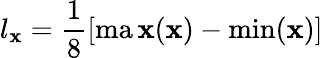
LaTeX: l_{\mathbf{x}}=\frac{{1}}{{8}}\left[\operatorname*{ma\mathbf{x}}(\mathbf{x})-\operatorname*{min}(\mathbf{x})\right]